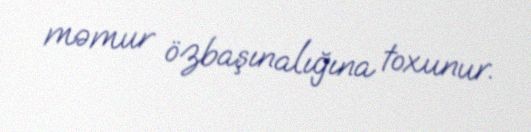
məmur özbaşınalığına toxunur.